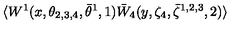
\langle W ^ { 1 } ( x , \theta _ { 2 , 3 , 4 } , \bar { \theta } ^ { 1 } , 1 ) \bar { W } _ { 4 } ( y , \zeta _ { 4 } , \bar { \zeta } ^ { 1 , 2 , 3 } , 2 ) \rangle